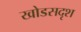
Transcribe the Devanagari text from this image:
खोडसदृश